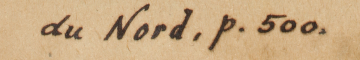
du Nord, P. 500.